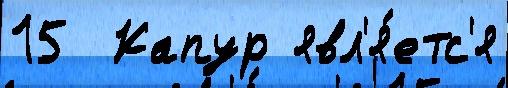
15  Капур явл'я́етс'я